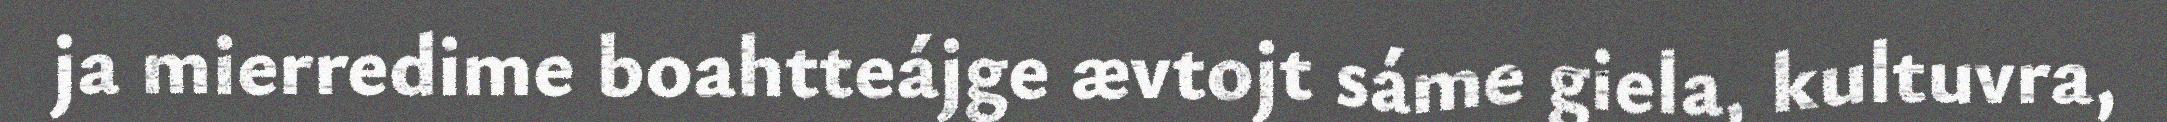
ja mierredime boahtteájge ævtojt sáme giela, kultuvra,